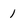
Character: 1